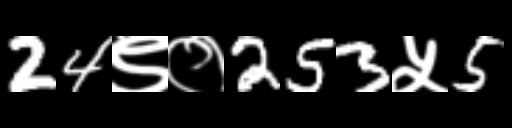
Text: 24९०253५5